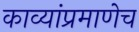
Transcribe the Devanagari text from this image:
काव्यांप्रमाणेच